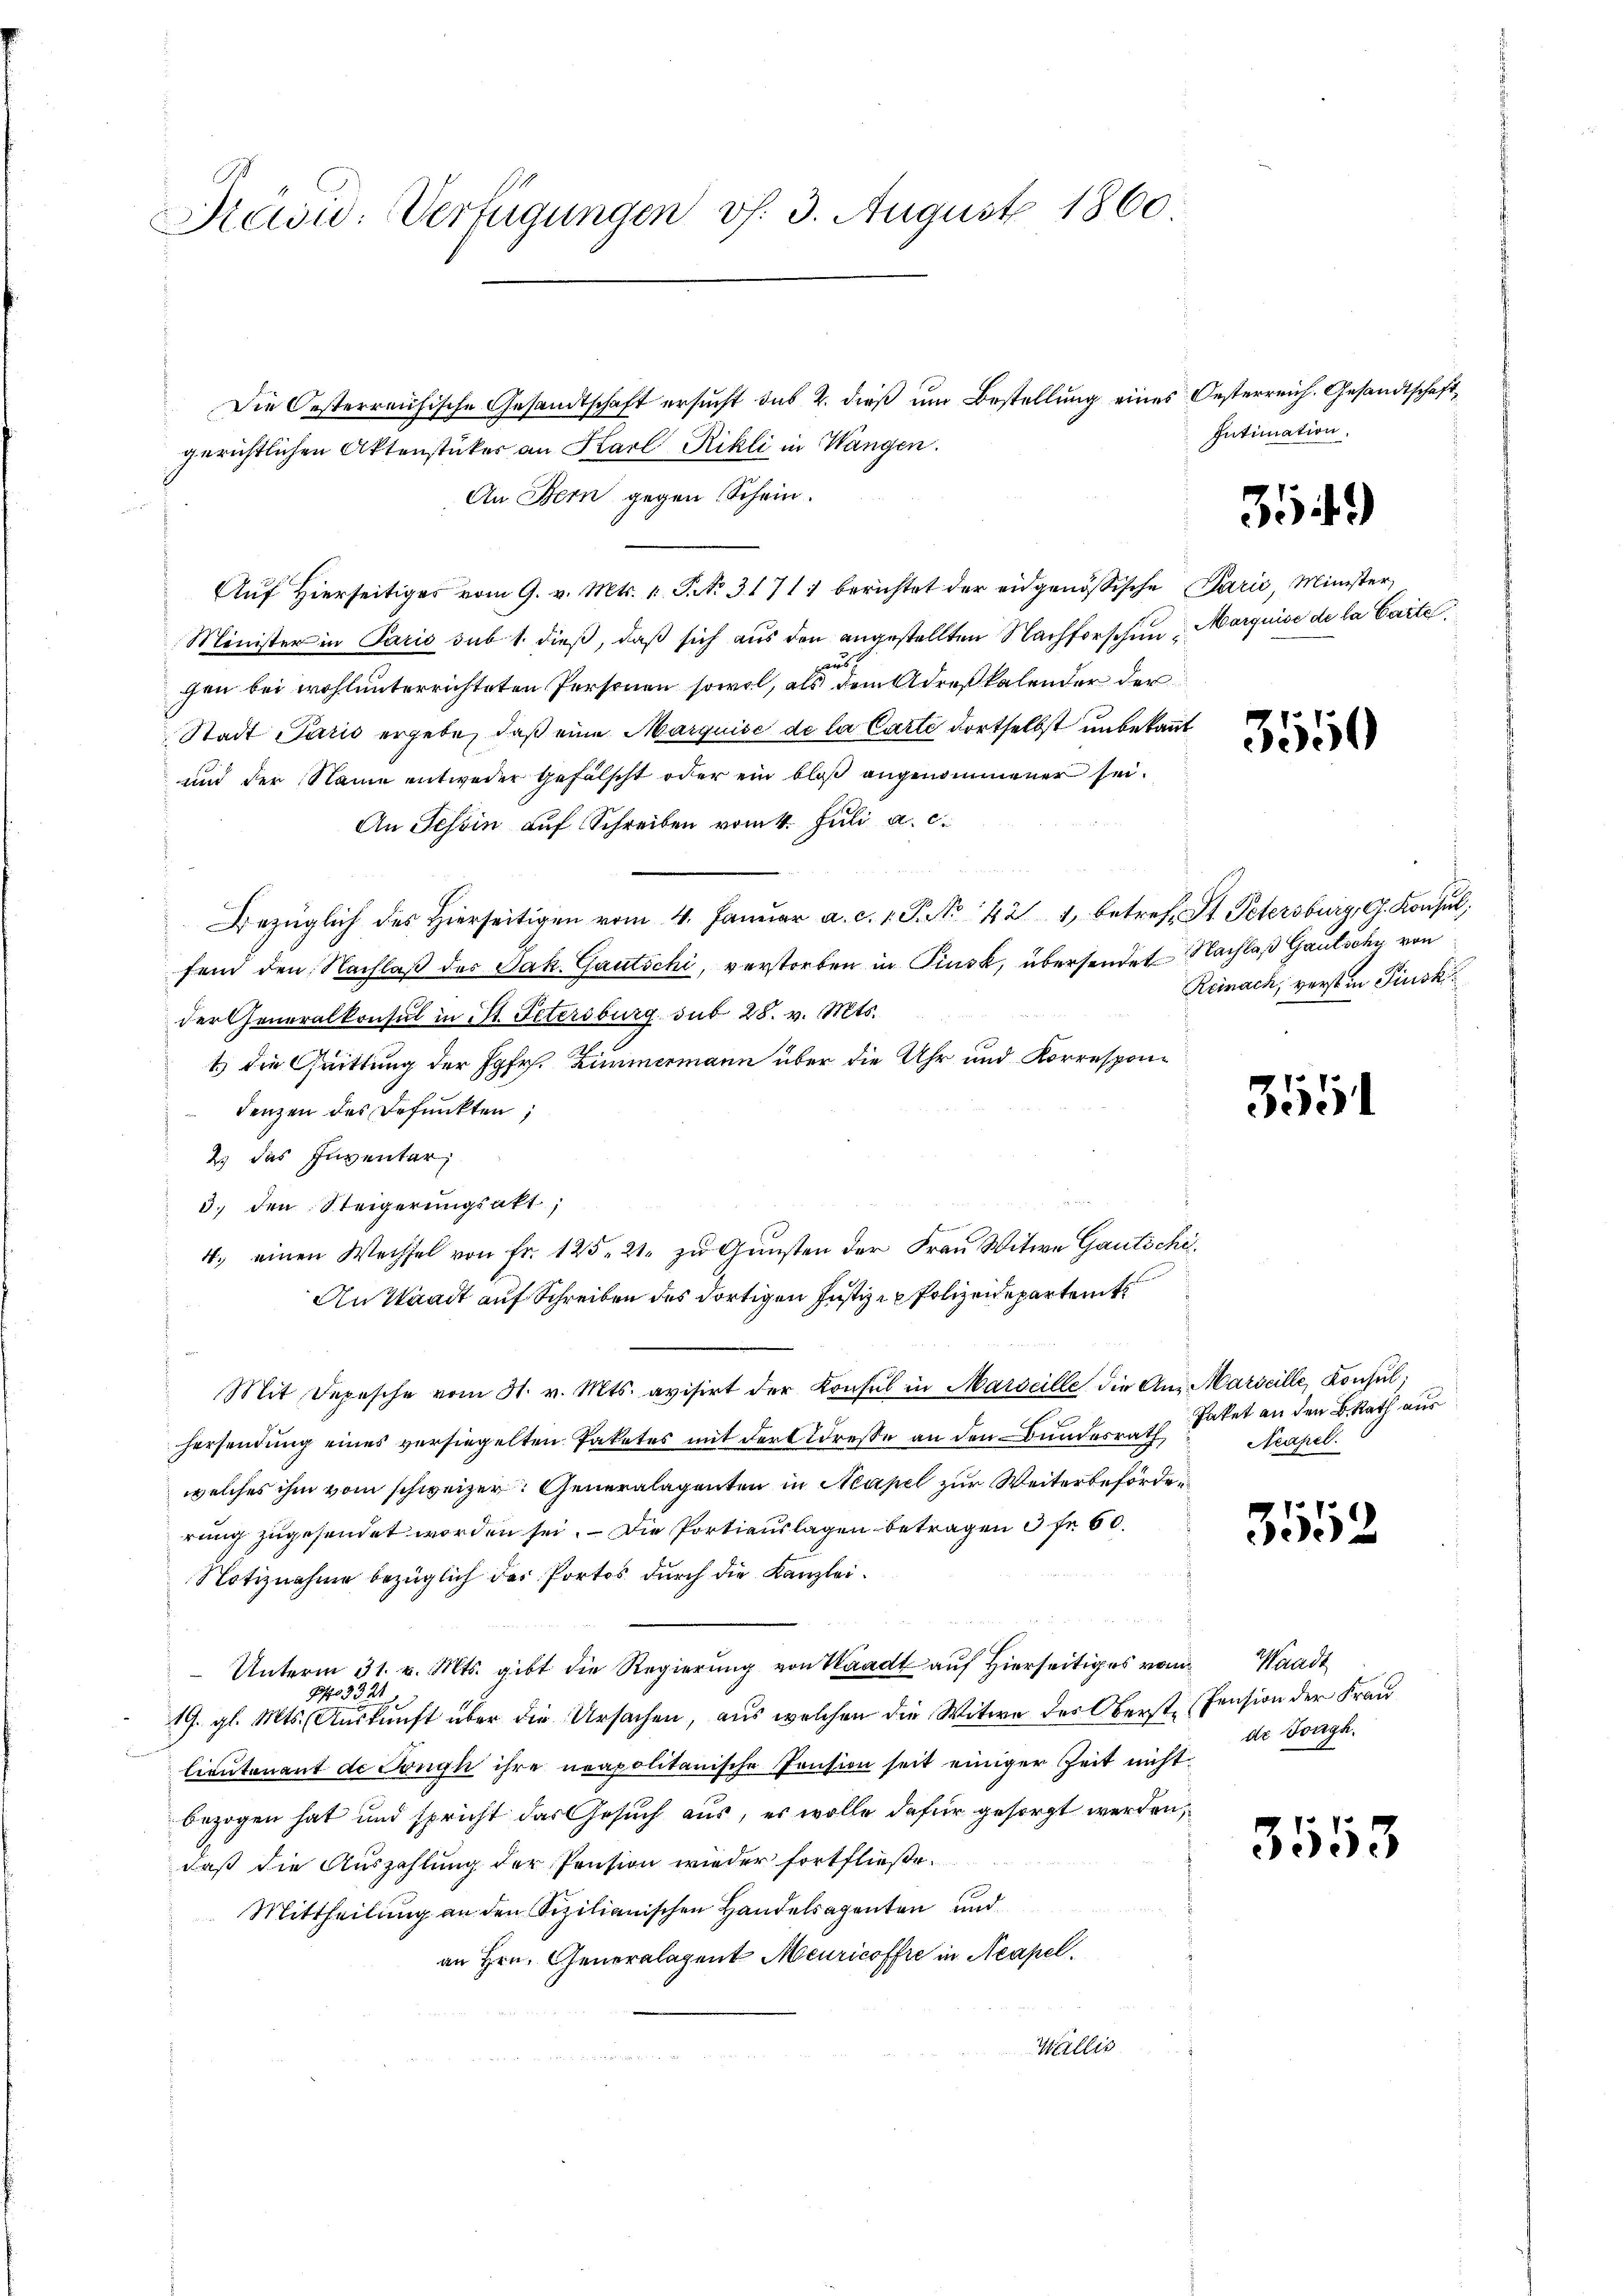
Kasw: Verfügungen v. 3. August 1860

Die Oesterreichische Gesandtschaft ersucht das 2. dieß um Bestellung eines Oesterreich. Gesandtschaftgerichtlichen Aktenstückes an Karl Rikli in Wangen.
An Bern gegen Schein.
Auf Hierseitiges vom 9. v. Mts. v. P. No. 31711 berichtet der eidgenössische Parić, Minister,
Minister in Paris sub 1. dieß, daß sich aus den angestellten Nachforschen Marquise de la Carte
f
gen bei wohl unterrichteten Personen sowol, als dem Adreskalender der
Stadt Paris ergebe, daß eine Marquise de la Carte dortselbst unbekannt
und der Name entweder Gefälscht oder ein bloß angenommener sei¬
An Tessin auf Schreiben vom 4. Juli a. c.
Bezüglich des hierseitigen vom 4. Janŭar a. c. 1. P. Nr. 421 betreff St. Petersburg, G. Konsul,
fend den Nachlaß des Jak. Gautschi, verstorben in Pinsk, übersendet Nachlaß Gautschy von
der Generalkonsul in St. Petersburg sub 28. v. Mts.
1 die Quittung der Jgfr. Zimmermann über die Uhr und Korrespondenzen des Befunkten,
2 das Inventar
3. den Steigerungsakt,
4. einen Wechsel von Fr. 125. 21. zu Gunsten der Frau Witwe Gautsche,
An Staadt auf Schreiben des dortigen Justiz- & Polizeidepartents
Mit Depesche vom 31. v. Mts. avisirt der Konsul in Marseille die An Marseille, Konsulhersendung eines versiegelten Paketes mit der Adresse an den Bundesrath Paket an den B. Rath aus
welches ihm vom schweizer. Generalagenten in Neapel zur Weiterbeförden
rung zugesendet worden sei. Die Portiauslagen betragen 3 fr 60.
Notiznahme bezüglich des Portos durch die Kanzlei¬
Unterm 31. v. Mts. gibt die Regierung von Waadt auf Hierseits von Waadt
24.
Po 31
19. gl. Mts. Auskunft über die Ursachen, aus welchen die Witwe des Oberst-Pension der Frau
lieutenant de Tonyk ihre neapolitanische Pension seit einiger Zeit nicht
bezogen hat und spricht das Gesuch aus, es wolle dafür gesorgt werden,
daß die Auszahlung der Pension wieder fortfließe.
Mittheilung an den Sizilianischen Handelsagenten und
an Hrn. Generalagent Meuricoffre in Neapel.
Wallis

Intimation.

359)

3550

Reinach, verst in Pinski

3

Neapel.

3552

de Longh.

3553